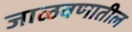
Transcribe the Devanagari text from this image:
जाळवणातील